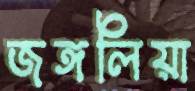
জঙ্গলিয়া